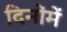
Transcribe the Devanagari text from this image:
दिनोंमें